Sketch of the medical history of the native army of Bombay, for the year
Year: 1876
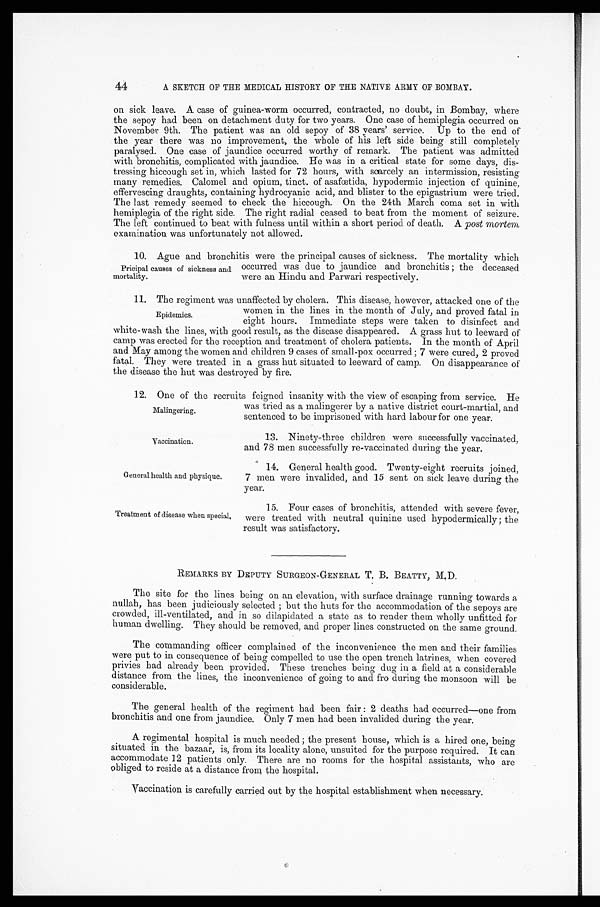
44
A SKETCH OF THE MEDICAL HISTORY OF THE NATIVE ARMY OF BOMBAY.
on sick leave. A case of guinea-worm occurred, contracted, no doubt, in Bombay, where
the sepoy had been on detachment duty for two years. One case of hemiplegia occurred on
November 9th. The patient was an old sepoy of 38 years' service. Up to the end of
the year there was no improvement, the whole of his left side being still completely
paralysed. One case of jaundice occurred worthy of remark. The patient was admitted
with bronchitis, complicated with jaundice. He was in a critical state for some days, dis
-tressing hiccough set in, which lasted for 72 hours, with scarcely an intermission, resisting
many remedies. Calomel and opium, tinct. of asafœtida, hypodermic injection of quinine,
effervescing draughts, containing hydrocyanic acid, and blister to the epigastrium were tried.
The last remedy seemed to check the hiccough. On the 24th March coma set in with
hemiplegia of the right side. The right radial ceased to beat from the moment of seizure.
The left continued to beat with fulness until within a short period of death. A post mortem
examination was unfortunately not allowed.
1 0 . A g u e a n d b r o n c h i t i s w e r e t h e p r i n c i p a l c a u s e s o f s i c k n e s s . T h e m o r t a l i t y w h i c h
occurred was due to jaundice and bronchitis; the deceased
were an Hindu and Parwari respectively.
11. The regiment was unaffected by cholera. This disease, however, attacked one of the
women in the lines in the month of July, and proved fatal in
eight hours. Immediate steps were taken to disinfect and
white-wash the lines, with good result, as the disease disappeared. A grass hut to leeward of
camp was erected for the reception and treatment of cholera patients. In the month of April
and May among the women and children 9 cases of small-pox occurred; 7 were cured, 2 proved
fatal. They were treated in a grass hut situated to leeward of camp. On disappearance of
the disease the hut was destroyed by fire.
12. One of the recruits feigned insanity with the view of escaping from service. He
was tried as a malingerer by a native district court-martial, and
sentenced to be imprisoned with hard labour for one year.
Pricipal causes of sickness and
mortality.
Epidemics.
Malingering.
Vaccination.
General health and physique.
Treatment of disease when special.
13. Ninety-three children were successfully vaccinated,
and 78 men successfully re-vaccinated during the year.
14. General health good. Twenty-eight recruits joined,
7 men were invalided, and 15 sent on sick leave during the
year.
15. Four cases of bronchitis, attended with severe fever,
were treated with neutral quinine used hypodermically; the
result was satisfactory.
REMARKS BY DEPUTY SURGEON-GENERAL T. B. BEATTY, M.D.
The site for the lines being on an elevation, with surface drainage running towards a
nullah, has been judiciously selected; but the huts for the accommodation of the sepoys are
crowded, ill-ventilated, and in so dilapidated a state as to render them wholly unfitted for
human dwelling. They should be removed, and proper lines constructed on the same ground.
The commanding officer complained of the inconvenience the men and their families
were put to in consequence of being compelled to use the open trench latrines, when covered
privies had already been provided. These trenches being dug in a field at a considerable
distance from the lines, the inconvenience of going to and fro during the monsoon will be
considerable.
The general health of the regiment had been fair: 2 deaths had occurred—one from
bronchitis and one from jaundice. Only 7 men had been invalided during the year.
A regimental hospital is much needed; the present house, which is a hired one, being
situated in the bazaar, is, from its locality alone, unsuited for the purpose required. It can
accommodate 12 patients only. There are no rooms for the hospital assistants, who are
obliged to reside at a distance from the hospital.
Vaccination is carefully carried out by the hospital establishment when necessary.